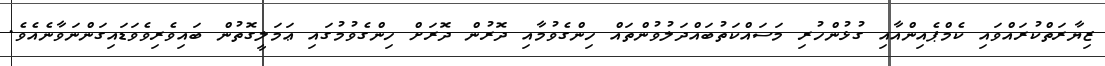
ޒިޔާރަތްކުރައްވައި ކެމްޕެއިންއާއި ގުޅުންހުރި މަސައްކަތުބައްދަލުވުންތައް ހިންގެވުމާއި ދޮރުން ދޮރަށް ހިންގެވުމުގައި ޢަމަލީގޮތުން ބައިވެރިވެވަޑައިގަންނަވާނެއެވެ.